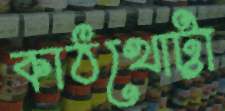
কাঠখোট্টা